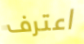
اعترف